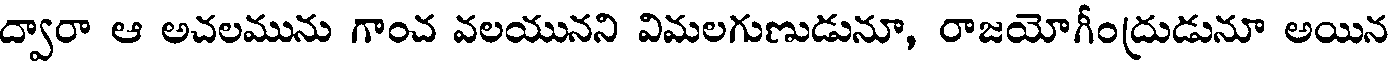
ద్వారా ఆ అచలమును గాంచ వలయునని విమలగుణుడునూ, రాజయోగీంద్రుడునూ అయిన